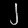
Digit: ၂